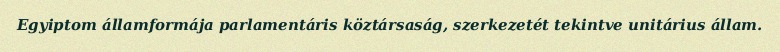
Egyiptom államformája parlamentáris köztársaság, szerkezetét tekintve unitárius állam.